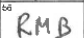
Transcription: RMB